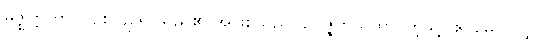
မဇ္ဈတ္တတာ၊ လျစ်လျူရှု သည်၏ အဖြစ်သည်။ ဥပ္ပဇ္ဇတိယထာ၊ ကဲ့သို့။ ဧဝမေဝ၊ လျှင်။